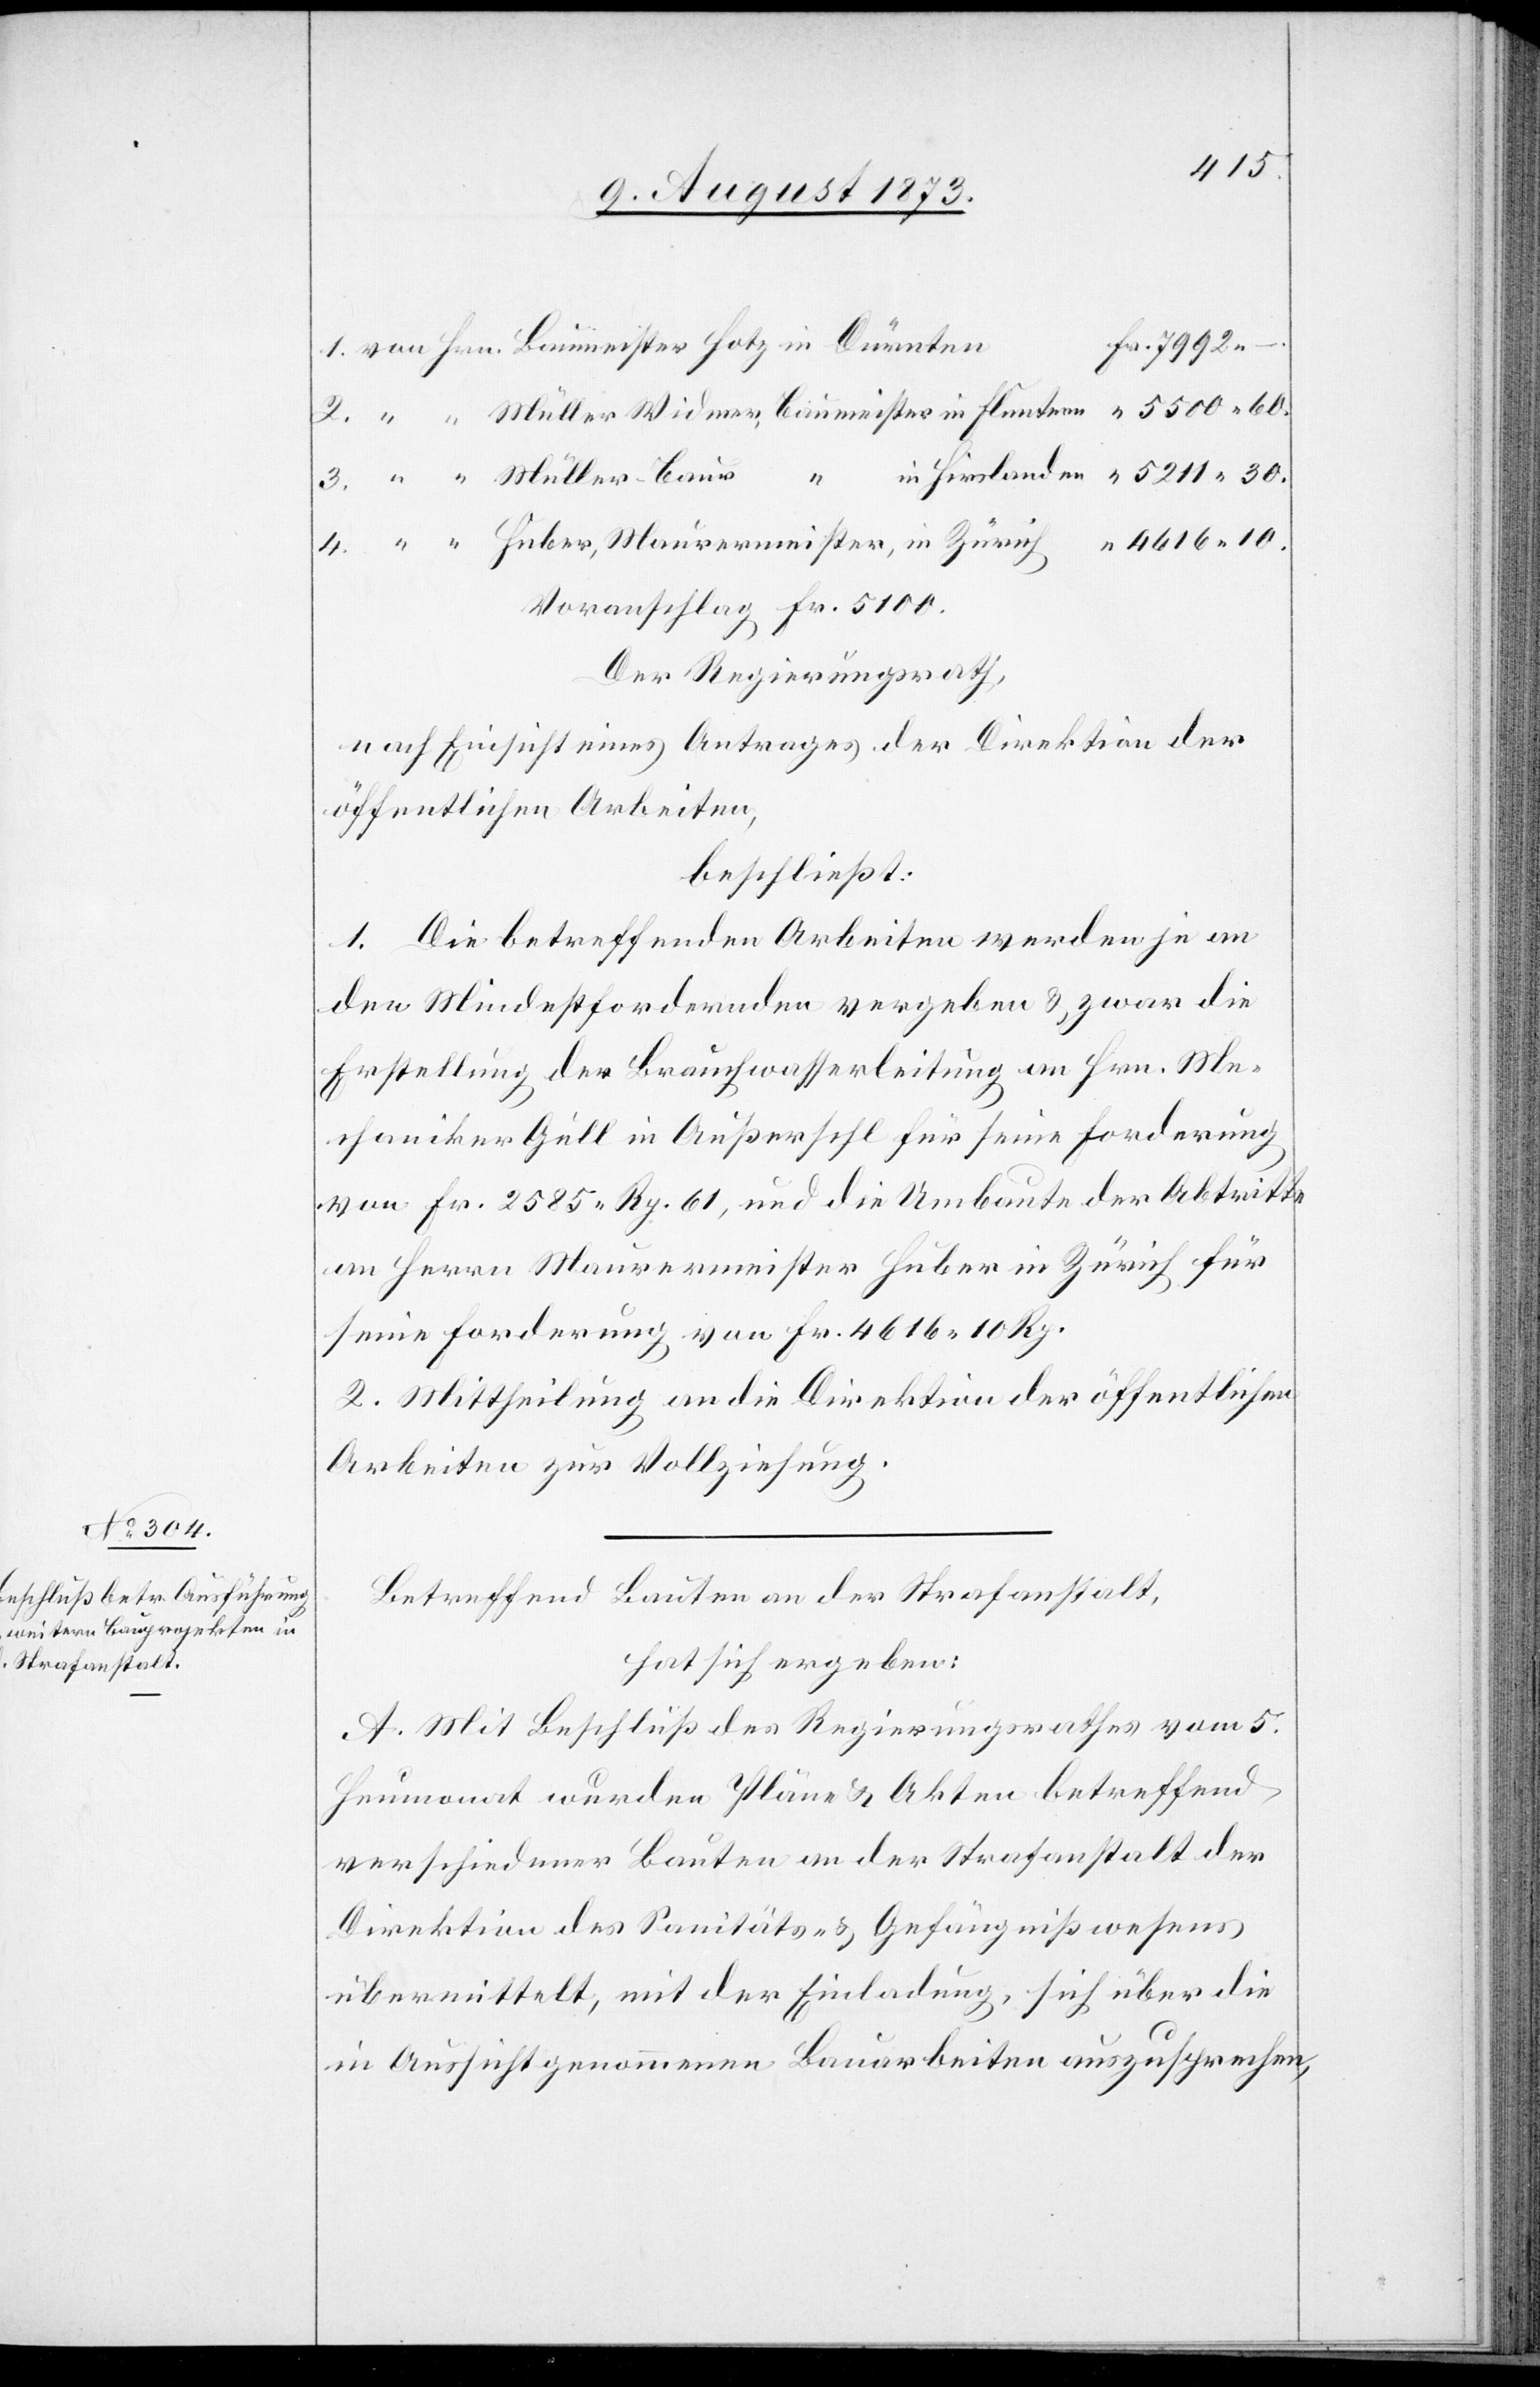
“
7 992 –.
Voranschlag Fr. 5 100.
Der Regierungsrath,
nach Einsicht eines Antrages der Direktion der
öffentlichen Arbeiten,
beschließt:
1. Die betreffenden Arbeiten werden je an
den Mindestfordernden vergeben & zwar die
Erstellung der Brauchwasserleitung an Hrn. Me¬
chaniker Gull in Außersihl für seine Forderung
von Fr. 2 585 Rp. 61, und die Umbaute der Abtritte
an Herrn Maurermeister Huber in Zürich für
seine Forderung von Fr. 4 616 10 Rp.
2. Mittheilung an die Direktion der öffentlichen
Arbeiten zur Vollziehung.
Betreffend Bauten an der Strafanstalt,
hat sich ergeben:
A. Mit Beschluß des Regierungsrathes vom 5.
Heumonat wurden Pläne & Akten betreffend
verschiedener Bauten an der Strafanstalt der
Direktion des Sanitäts- & Gefängnißwesens
übermittelt, mit der Einladung, sich über die
in Aussicht genommenen Bauarbeiten auszusprechen,